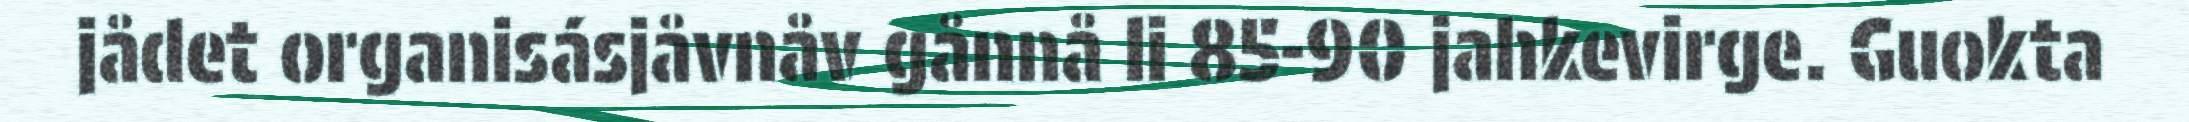
jådet organisásjåvnåv gånnå li 85-90 jahkevirge. Guokta